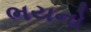
ભયનો